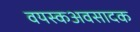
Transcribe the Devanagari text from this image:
वयस्कअवसादक